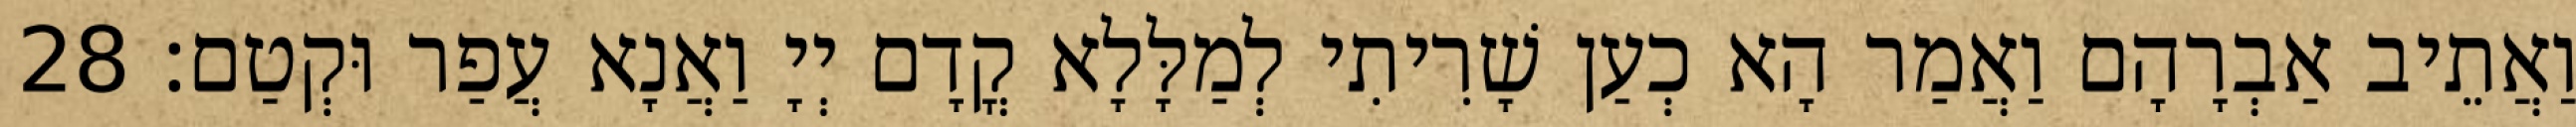
וַאֲתֵיב אַבְרָהָם וַאֲמַר הָא כְעַן שָׁרִיתִי לְמַלָּלָא קֳדָם יְיָ וַאֲנָא עֲפַר וּקְטַם׃ 28